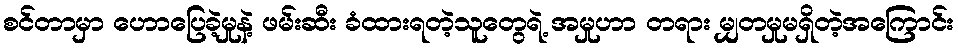
စင်တာမှာ ဟောပြေခဲ့မှုနဲ့ ဖမ်းဆီး ခံထားရတဲ့သူတွေရဲ့ အမှုဟာ တရား မျှတမှုမရှိတဲ့အကြောင်း